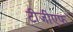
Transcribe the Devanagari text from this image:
टीजीएफ